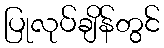
ပြုလုပ်ချိန်တွင်